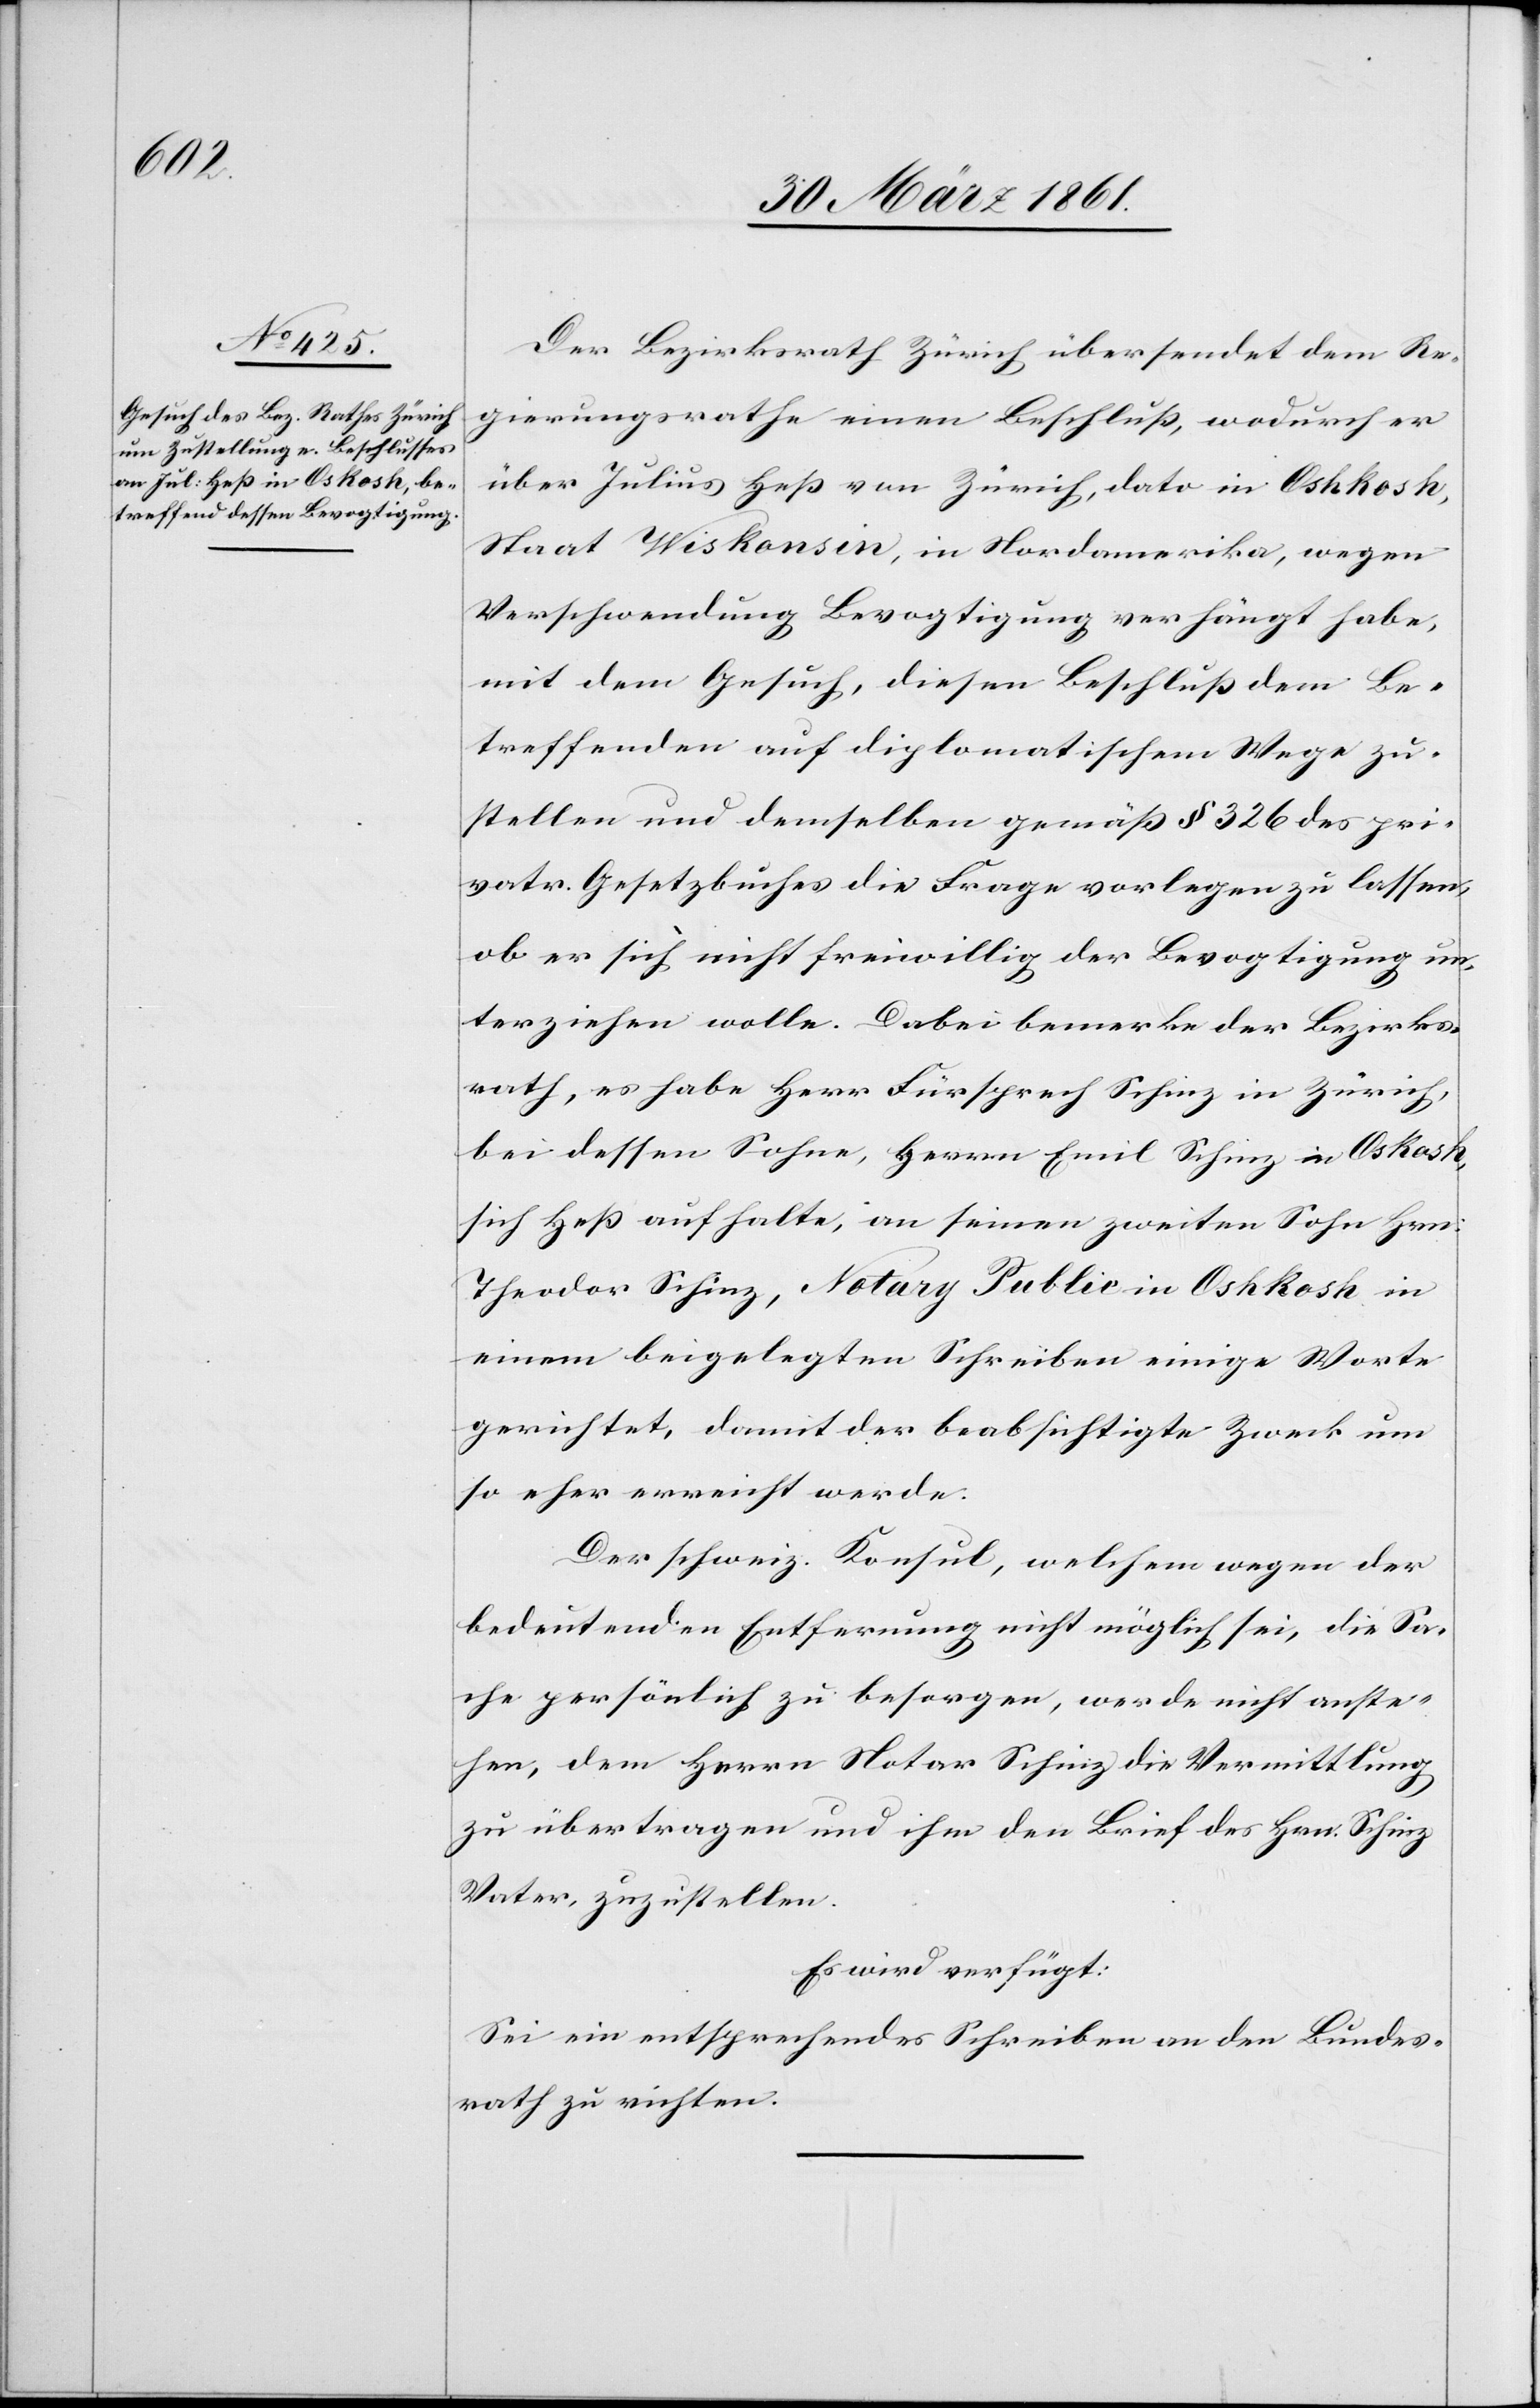
1861.]

Der Bezirksrath Zürich übersendet dem Re¬
gierungsrathe einen Beschluß, wodurch er
über Julius Heß von Zürich, dato in Oshkosh,
Staats Wiskonsin, in Nordamerika, wegen
Verschwendung Bevogtigung verhängt habe,
mit dem Gesuch, diesen Beschluß dem Be¬
treffenden auf diplomatischem Wege zu¬
stellen und demselben gemäß § 326 des pri¬
vatr. Gesetzbuches die Frage vorlegen zu lassen,
ob er sich nicht freiwillig der Bevogtigung un¬
terziehen wolle. Dabei bemerke der Bezirks¬
rath, es habe Herr Fürsprech Schinz in Zürich,
bei dessen Sohne, Herrn Emil Schinz in Os[h]kosh,
sich Heß aufhalte, an seinen zweiten Sohn Hrn:
Theodor Schinz, Notary Public in Oshkosh in
einem beigelegten Schreiben einige Worte
gerichtet, damit der beabsichtigte Zweck um
so eher erreicht werde.
Der schweiz. Konsul, welchem wegen der
bedeutenden Entfernung nicht möglich sei, die Sa¬
che persönlich zu besorgen, werde nicht anste¬
hen, dem Herrn Notar Schinz die Vermittlung
zu übertragen und ihm den Brief des Hrn. Schinz
Vater zuzustellen.
Es wird verfügt:
Sei ein entsprechendes Schreiben an den Bundes¬
rath zu richten.